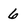
Character: 6